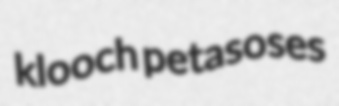
klooch petasoses